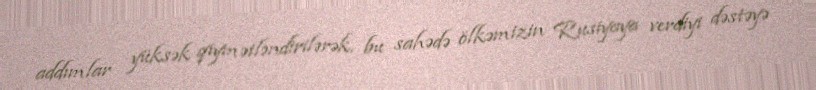
addımlar yüksək qiymətləndirilərək, bu sahədə ölkəmizin Rusiyaya verdiyi dəstəyə